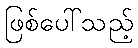
ဖြစ်ပေါ်သည့်